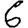
Digit: 6